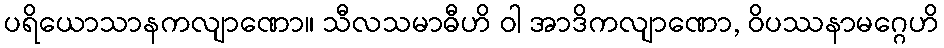
ပရိယောသာနကလျာဏော။ သီလသမာဓီဟိ ဝါ အာဒိကလျာဏော, ဝိပဿနာမဂ္ဂေဟိ